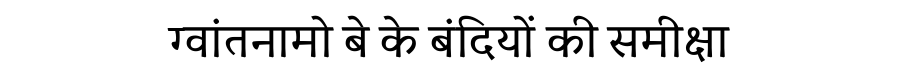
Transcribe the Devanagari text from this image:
ग्वांतनामो बे के बंदियों की समीक्षा